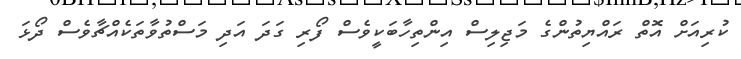
ކުރިއަށް އޮތް ރައްޔިތުންގެ މަޖިލިސް އިންތިހާބަކީވެސް ފޯރި ގަދަ އަދި މަސްތުވާތަކެއްޗާވެސް ދޯޅަ